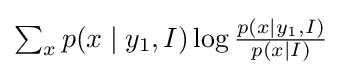
{\textstyle \sum _{x}p(x\mid y_{1},I)\log {\frac {p(x\mid y_{1},I)}{p(x\mid I)}}}